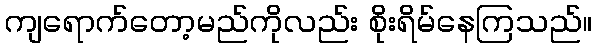
ကျရောက်တော့မည်ကိုလည်း စိုးရိမ်နေကြသည်။